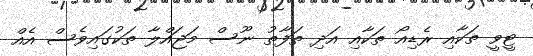
ޓީވީ ތަކާއި ރެޑިއޯ ތަކާއި އަދި ތަފާތު ނޫސް މަޖައްލާ ތަކުގައިވެސް އެއް